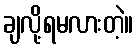
ချလို့ရမလားတဲ့။